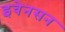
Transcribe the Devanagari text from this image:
इवेनसन